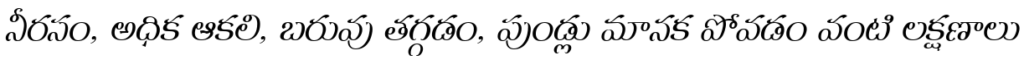
నీరసం, అధిక ఆకలి, బరువు తగ్గడం, పుండ్లు మానక పోవడం వంటి లక్షణాలు